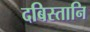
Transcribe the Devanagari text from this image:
दबिस्तानि